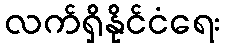
လက်ရှိနိုင်ငံရေး